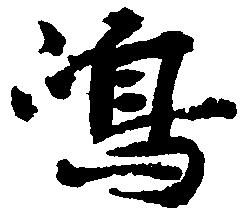
嶋